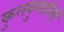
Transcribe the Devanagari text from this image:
कुलकुमारियों